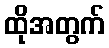
ထိုအတွက်